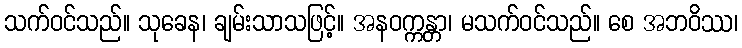
သက်ဝင်သည်။ သုခေန၊ ချမ်းသာသဖြင့်။ အနဝက္ကန္တာ၊ မသက်ဝင်သည်။ စေ အဘဝိဿ၊